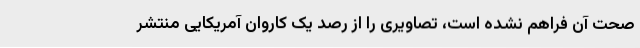
صحت آن فراهم نشده است، تصاویری را از رصد یک کاروان آمریکایی منتشر